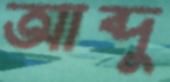
আব্দু